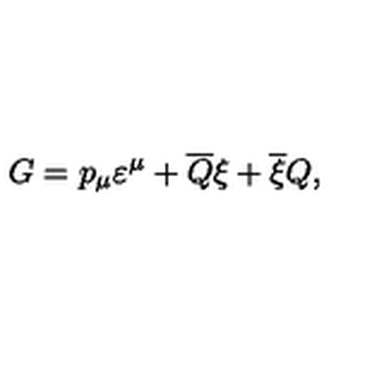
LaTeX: G = p _ { \mu } \varepsilon ^ { \mu } + \overline { { Q } } \xi + \overline { { \xi } } Q ,